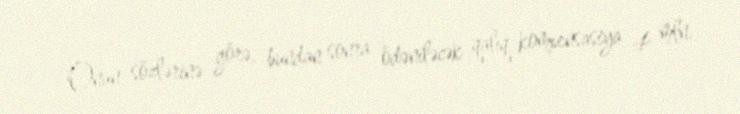
Onun sözlərinə görə, bundan sonra ödəniləcək qalıq kompensasiya 4 mln.